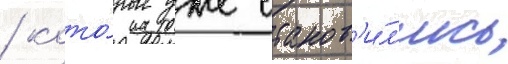
/ кото́рые уже станов'и́л'ись